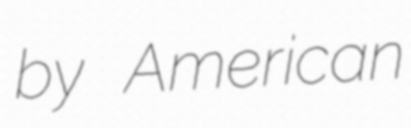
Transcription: by American